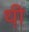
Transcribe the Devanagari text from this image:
थ़ी